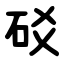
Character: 䂚